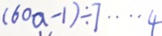
( 6 0 a - 1 ) \div 7 \cdots 4